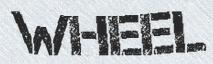
WHEEL